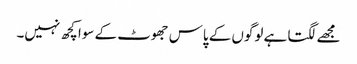
مجھے لگتا ہے لوگوں کے پاس جھوٹ کے سوا کچھ نہیں۔